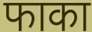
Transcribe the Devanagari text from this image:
फाका